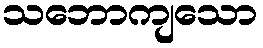
သဘောကျသော